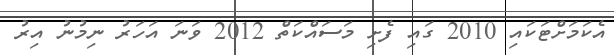
އެކަމަށްޓަކައި 2010 ގައި ފެށި މަސައްކަތް 2012 ވަނަ އަހަރު ނިމުނު އިރު